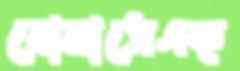
বোনাসেএক্